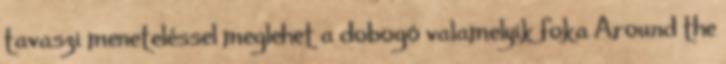
tavaszi meneteléssel meglehet a dobogó valamelyik foka Around the